Report of the Indian Hemp Drugs Commission, 1894-1895 - Volume IV
Year: 1894
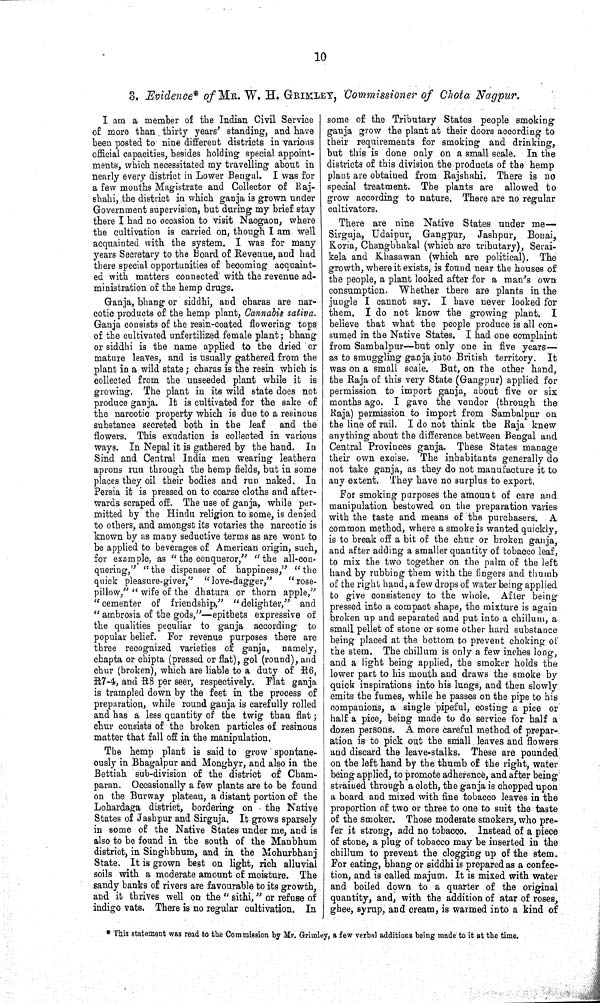
10
3. Evidence* of MR. W. H. GRIMLEY, Commissioner of Chota Nagpur.
I am a member of the Indian Civil Service
of more than thirty years' standing, and have
been posted to nine different districts in various
official capacities, besides holding special appoint-
ments, which necessitated my travelling about in
nearly every district in Lower Bengal. I was for
a few months Magistrate and Collector of Raj-
shahi, the district in which ganja is grown under
Government supervision, but during my brief stay
there I had no occasion to visit Naogaon, where
the cultivation is carried on, though I am well
acquainted with the system. I was for many
years Secretary to the Board of Revenue, and had
there special opportunities of becoming acquaint-
ed with matters connected with the revenue ad-
ministration of the hemp drugs.
Ganja, bhang or siddhi, and charas are nar-
cotic products of the hemp plant, Cannabis sativa.
Ganja consists of the resin-coated flowering tops
of the cultivated unfertilized female plant; bhang
or siddhi is the name applied to the dried or
mature leaves, and is usually gathered from the
plant in a wild state; charas is the resin which is
collected from the unseeded plant while it is
growing. The plant in its wild state does not
produce ganja. It is cultivated for the sake of
the narcotic property which is due to a resinous
substance secreted both in the leaf and the
flowers. This exudation is collected in various
ways. In Nepal it is gathered by the hand. In
Sind and Central India men wearing leathern
aprons run through the hemp fields, but in some
places they oil their bodies and run naked. In
Persia it is pressed on to coarse cloths and after-
wards scraped off. The use of ganja, while per-
mitted by the Hindu religion to some, is denied
to others, and amongst its votaries the narcotic is
known by as many seductive terms as are wont to
be applied to beverages of American origin, such,
for example, as "the conqueror," "the all-con-
quering," "the dispenser of happiness," "the
quick pleasure-giver," "love-dagger,"
"rose-
pillow," "wife of the dhatura or thorn apple,"
"cementer of friendship," "delighter," and
"ambrosia of the gods,"—epithets expressive of
the qualities peculiar to ganja according to
popular belief. For revenue purposes there are
three recognized varieties of ganja, namely,
chapta or chipta (pressed or flat), gol (round), and
chur (broken), which are liable to a duty of R6,
R7-4, and R8 per seer, respectively. Flat ganja
is trampled down by the feet in the process of
preparation, while round ganja is carefully rolled
and has a less quantity of the twig than flat;
chur consists of the broken particles of resinous
matter that fall off in the manipulation.
The hemp plant is said to grow spontane-
ously in Bhagalpur and Monghyr, and also in the
Bettiah sub-division of the district of Cham-
paran. Occasionally a few plants are to be found
on the Burway plateau, a distant portion of the
Lohardaga district, bordering on the Native
States of Jashpur and Sirguja. It grows sparsely
in some of the Native States under me, and is
also to be found in the south of the Manbhum
district, in Singhbhum, and in the Mohurbhanj
State. It is grown best on light, rich alluvial
soils with a moderate amount of moisture. The
sandy banks of rivers are favourable to its growth,
and it thrives well on the "sithi," or refuse of
indigo vats. There is no regular cultivation. In
some of the Tributary States people smoking
ganja grow the plant at their doors according to
their requirements for smoking and drinking,
but this is done only on a small scale. In the
districts of this division the products of the hemp
plant are obtained from Rajshahi. There is no
special treatment. The plants are allowed to
grow according to nature. There are no regular
cultivators.
There are nine Native States under me—
Sirguja, Udaipur, Gangpur, Jashpur, Bonai,
Koria, Changbhakal (which are tributary), Serai-
kela and Khasawan (which are political). The
growth, where it exists, is found near the houses of
the people, a plant looked after for a man's own
consumption. Whether there are plants in the
jungle I cannot say. I have never looked for
them. I do not know the growing plant. I
believe that what the people produce is all con-
sumed in the Native States. I had one complaint
from Sambalpur—but only one in five years—
as to smuggling ganja into British territory. It
was on a small scale. But, on the other hand,
the Raja of this very State (Gangpur) applied for
permission to import ganja, about five or six
months ago. I gave the vendor (through the
Raja) permission to import from Sambalpur on
the line of rail. I do not think the Raja knew
anything about the difference between Bengal and
Central Provinces ganja. These States manage
their own excise. The inhabitants generally do
not take ganja, as they do not manufacture it to
any extent. They have no surplus to export.
For smoking purposes the amount of care and
manipulation bestowed on the preparation varies
with the taste and means of the purchasers. A
common method, where a smoke is wanted quickly,
is to break off a bit of the chur or broken ganja,
and after adding a smaller quantity of tobacco leaf,
to mix the two together on the palm of the left
hand by rubbing them with the fingers and thumb
of the right hand, a few drops of water being applied
to give consistency to the whole. After being
pressed into a compact shape, the mixture is again
broken up and separated and put into a chillum, a
small pellet of stone or some other hard substance
being placed at the bottom to prevent choking of
the stem. The chillum is only a few inches long,
and a light being applied, the smoker holds the
lower part to his mouth and draws the smoke by
quick inspirations into his lungs, and then slowly
emits the fumes, while he passes on the pipe to his
companions, a single pipeful, costing a pice or
half a pice, being made to do service for half a
dozen persons. A more careful method of prepar-
ation is to pick out the small leaves and flowers
and discard the leave-stalks. These are pounded
on the left hand by the thumb of the right, water
being applied, to promote adherence, and after being
strained through a cloth, the ganja is chopped upon
a board and mixed with fine tobacco leaves in the
proportion of two or three to one to suit the taste
of the smoker. Those moderate smokers, who pre-
fer it strong, add no tobacco. Instead of a piece
of stone, a plug of tobacco may be inserted in the
chillum to prevent the clogging up of the stem.
For eating, bhang or siddhi is prepared as a confec-
tion, and is called majum. It is mixed with water
and boiled down to a quarter of the original
quantity, and, with the addition of atar of roses,
ghee, syrup, and cream, is warmed into a kind of
*This statement was read to the Commission by Mr. Grimley, a few verbal additions being made to it at the time.